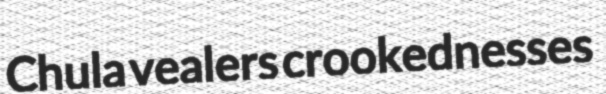
Chula vealers crookednesses